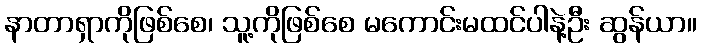
နာတာရှာကိုဖြစ်စေ၊ သူ့ကိုဖြစ်စေ မကောင်းမထင်ပါနဲ့ဦး ဆွန်ယာ။